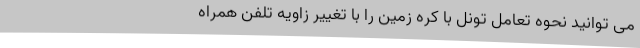
می توانید نحوه تعامل تونل با کره زمین را با تغییر زاویه تلفن همراه